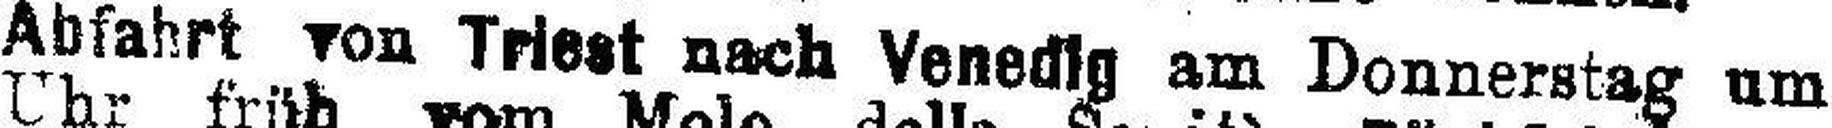
Abfahrt von Triest nach Venedig am Donnerstag um